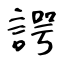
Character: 諤